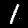
Label: 1